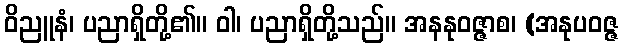
ဝိညူနံ၊ ပညာရှိတို့၏။ ဝါ၊ ပညာရှိတို့သည်။ အနနုဝဇ္ဇာစ၊ (အနုပဝဇ္ဇ